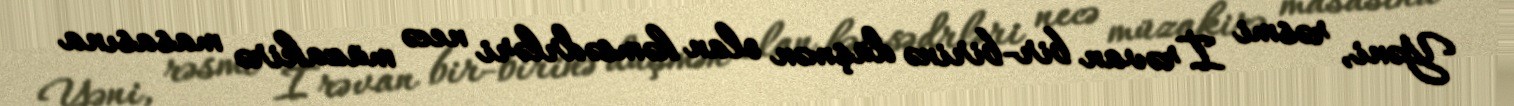
Yəni, rəsmi İrəvan bir-birinə düşmən olan həmsədrləri necə müzakirə masasına